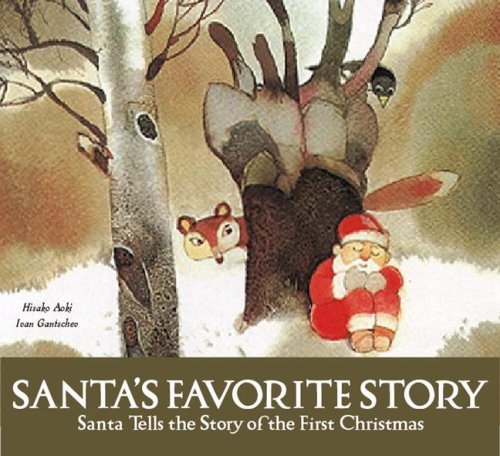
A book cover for Santa's Favorite Story: Santa Tells the Story of the First Christmas; Hisako Aoki; Christian Books & Bibles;